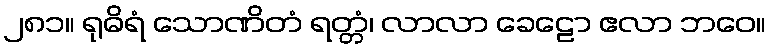
၂၈၁။ ရုဓိရံ သောဏိတံ ရတ္တံ၊ လာလာ ခေဠော ဧလာ ဘဝေ။